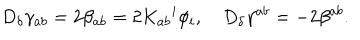
LaTeX: D _ { \delta } \gamma _ { a b } = 2 \beta _ { a b } = 2 K _ { a b } { ^ { i } } \phi _ { i } , \quad D _ { \delta } \gamma ^ { a b } = - 2 \beta ^ { a b } .